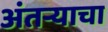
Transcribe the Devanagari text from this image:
अंतऱ्याचा